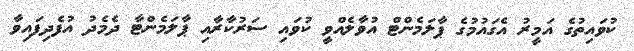
ކުވައިތުގެ އަމީރު އެގައުމުގެ ޕާލަމެންޓް އުވާލެއްވީ ކުވައި ސަރުކާރާއި ޕާލަމެންޓާ ދެމެދު އުފެދިފައިވާ